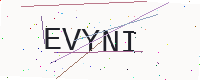
Text: EVYNI